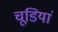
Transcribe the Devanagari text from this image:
चूडियां